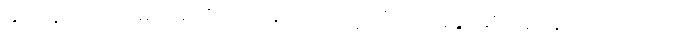
ညတုန်းက ပြည်မိုးငြိမ်းကို တိုက်ခိုက်ခဲ့သည့် သံသယရှိခွင့်ဆိုသည့် စကားလုံးသည်